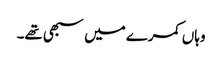
وہاں کمرے میں سبھی تھے۔